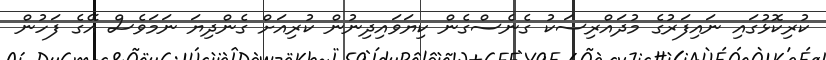
ކުރިކޮޅުގައި ނައިފަރުގެ މުދައްރިސަކު ގެނެސްގެން ކިޔަވައިދިނުން ކުރިއަށް ގެންދިޔަ ނަމަވެސް އޭގެ ފަހުން